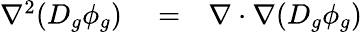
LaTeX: \begin{array}{rlr}{\nabla^{2}(D_{g}\phi_{g})}&{{}=}&{\nabla\cdot\nabla(D_{g}\phi_{g})}\end{array}